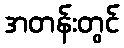
အတန်းတွင်